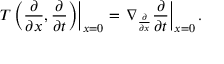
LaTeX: \left. T \left( { \frac { \partial } { \partial x } } , { \frac { \partial } { \partial t } } \right) \right| _ { x = 0 } = \left. \nabla _ { \frac { \partial } { \partial x } } { \frac { \partial } { \partial t } } \right| _ { x = 0 } .